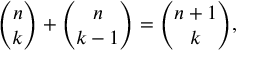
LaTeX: { \binom { n } { k } } + { \binom { n } { k - 1 } } = { \binom { n + 1 } { k } } ,